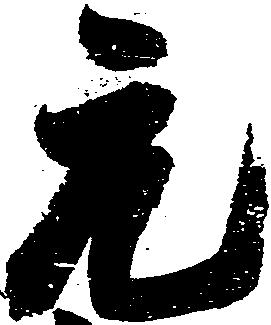
元